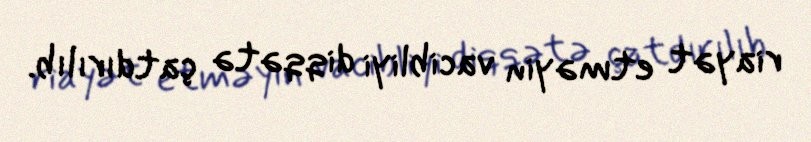
riayət etməyin vacibliyi diqqətə çatdırılıb.